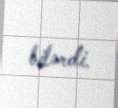
bilərdi.